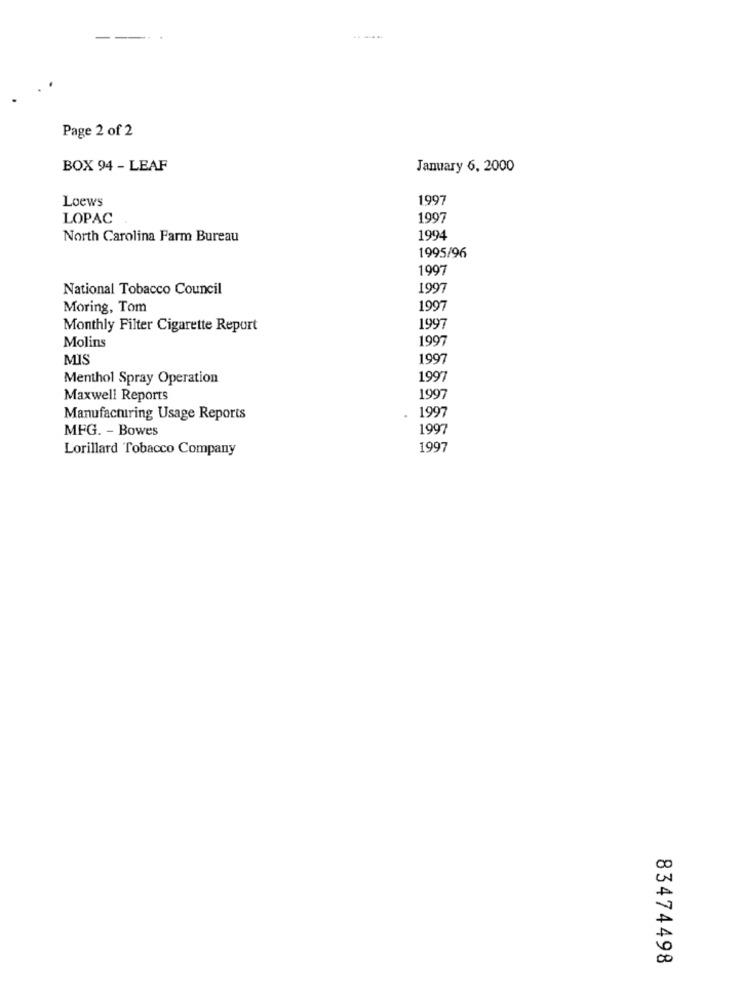
--
Page 2 of 2
BOX 94 - LEAF
January 6, 2000
Loews
1997
LOPAC
1997
North Carolina Farm Bureau
1994
1995/96
1997
National Tobacco Council
1997
Moring, Tom
1997
Monthly Filter Cigarette Report
1997
Molins
1997
MIS
1997
Menthol Spray Operation
1997
Maxwell Reports
1997
1997
Manufacturing Usage Reports
MFG. - Bowes
1997
Lorillard Tobacco Company
1997
CO
0
83474498